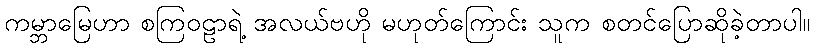
ကမ္ဘာမြေဟာ စကြဝဠာရဲ့ အလယ်ဗဟို မဟုတ်ကြောင်း သူက စတင်ပြောဆိုခဲ့တာပါ။